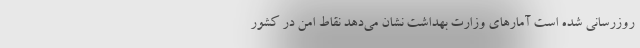
روزرسانی شده است آمارهای وزارت بهداشت نشان می‌دهد نقاط امن در کشور